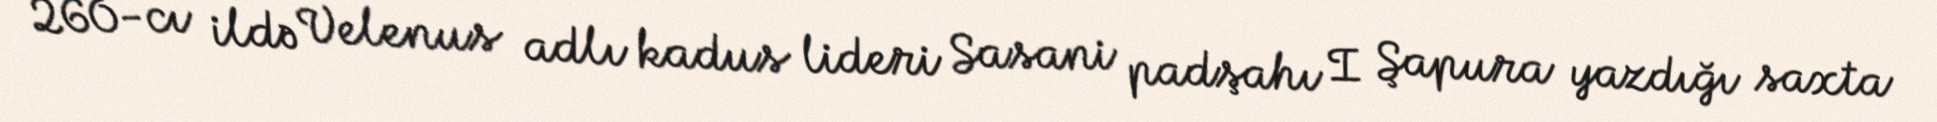
260-cı ildə Velenus adlı kadus lideri Sasani padşahı I Şapura yazdığı saxta